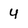
Character: 4